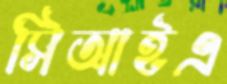
সিআইএ